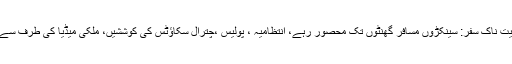
لواری ٹنل کا اذیت ناک سفر: سینکڑوں مسافر گھنٹوں تک محصور رہے، انتظامیہ ، پولیس ،چترال سکاؤٹس کی کوششیں، ملکی میڈیا کی طرف سے بھرپور کوریج